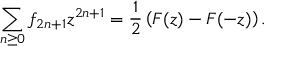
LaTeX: \sum _ { n \geq 0 } f _ { 2 n + 1 } z ^ { 2 n + 1 } = { \frac { 1 } { 2 } } \left( F ( z ) - F ( - z ) \right) .